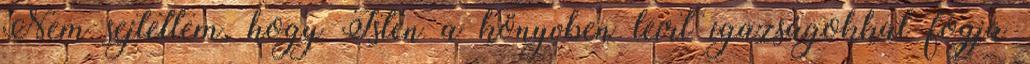
Nem sejtettem, hogy Isten a könyvben leírt igazságokkal fogja